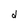
Character: d